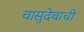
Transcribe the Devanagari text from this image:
वासुदेवाची